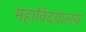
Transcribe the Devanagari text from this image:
महाविदयालय